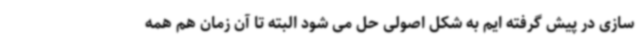
سازی در پیش گرفته ایم به شکل اصولی حل می شود البته تا آن زمان هم همه